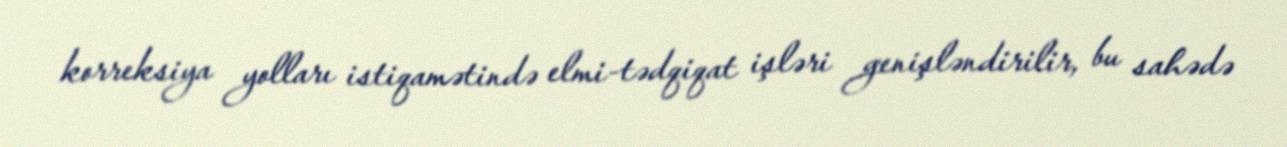
korreksiya yolları istiqamətində elmi-tədqiqat işləri genişləndirilir, bu sahədə